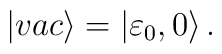
|vac \rangle = \left | {\varepsilon}_0, 0 \right \rangle.